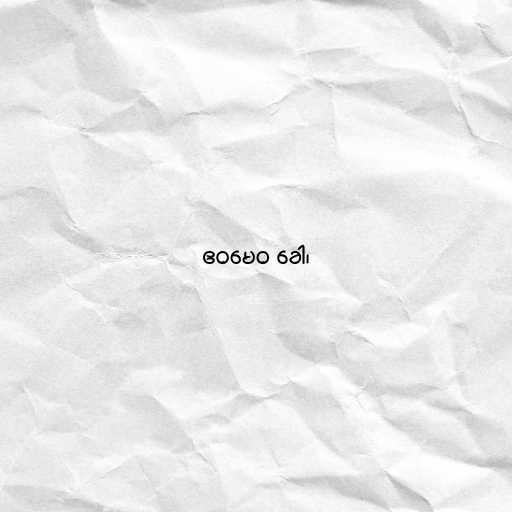
ဧဝမေဝ ခေါ၊